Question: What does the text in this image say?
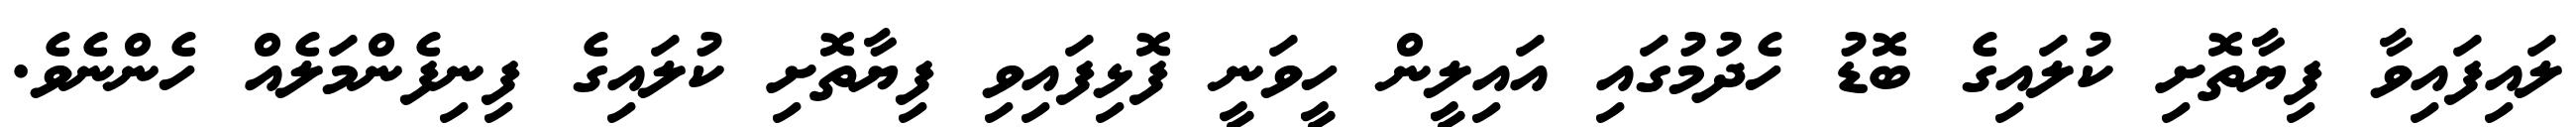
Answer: ލައިފައިވާ ފިޔާތޮށި ކުލައިގެ ބޮޑު ހެދުމުގައި އައިލީން ހީވަނީ ފޮޅިފައިވި ފިޔާތޮށި ކުލައިގެ ފިނިފެންމަލެއް ހެންނެވެ.